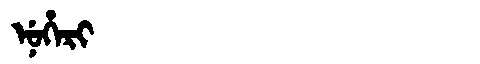
Manchu: ᠨᡠᡥᡝᡵᡳ
Romanization: NUHERI